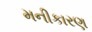
મનીકારણ